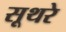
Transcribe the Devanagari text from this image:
सूथरे